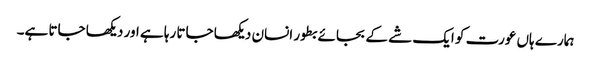
ہمارے ہاں عورت کو ایک شے کے بجائے بطور انسان دیکھا جاتا رہا ہے اور دیکھا جاتا ہے۔